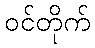
ဝင်တိုက်